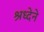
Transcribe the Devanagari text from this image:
श्रध्देने